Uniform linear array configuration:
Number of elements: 32
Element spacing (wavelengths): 1
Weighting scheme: hamming
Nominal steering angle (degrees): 15
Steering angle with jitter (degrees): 14.885
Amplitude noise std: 0.05
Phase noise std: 0.05

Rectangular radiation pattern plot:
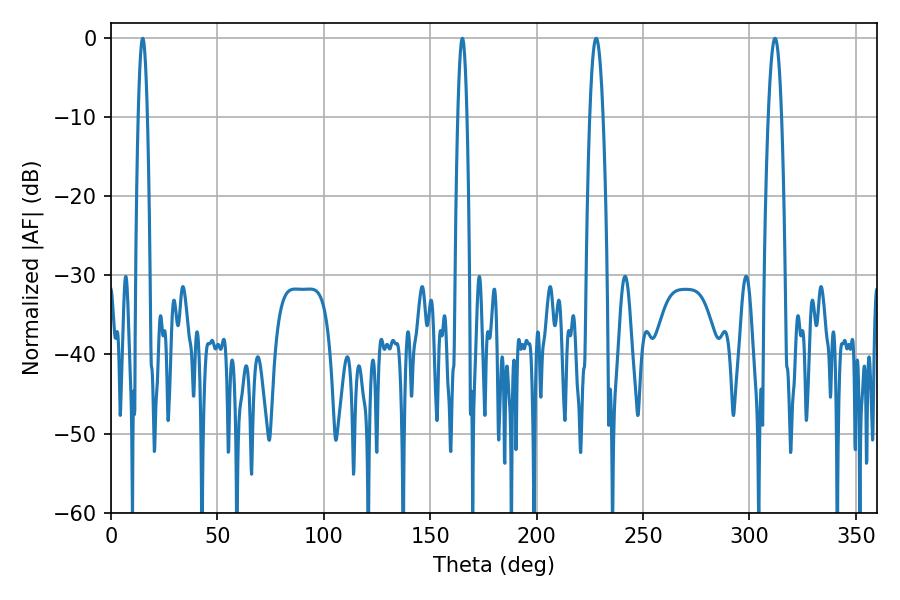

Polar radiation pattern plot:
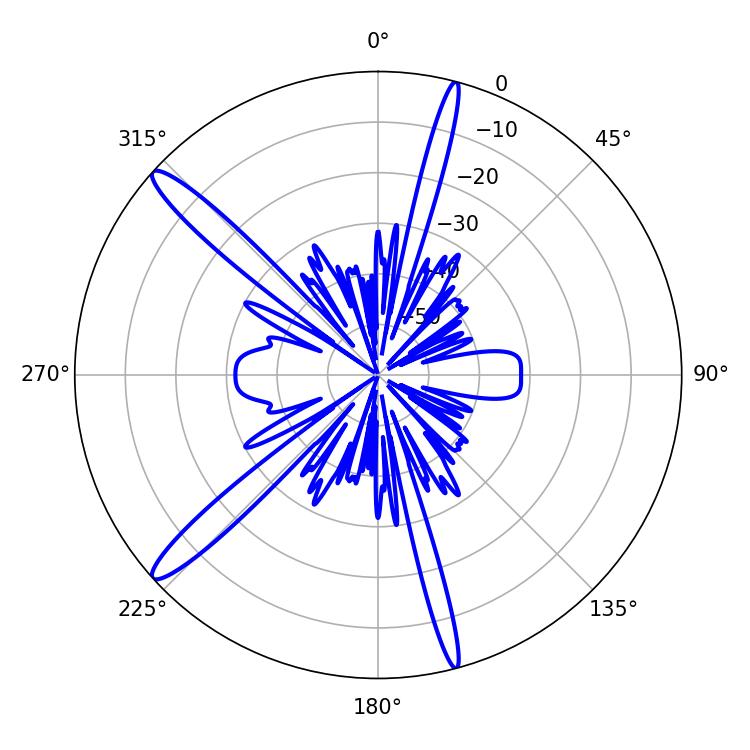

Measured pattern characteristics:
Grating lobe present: TRUE
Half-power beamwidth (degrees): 2.34
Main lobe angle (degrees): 165.06